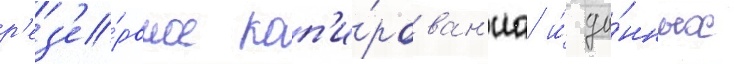
р'ез'е́рвное коп'и́рован'иа и́ да́нных